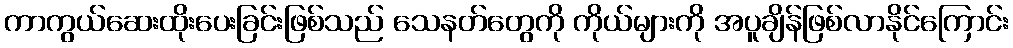
ကာကွယ်ဆေးထိုးပေးခြင်းဖြစ်သည် သေနတ်တွေကို ကိုယ်များကို အပူချိန်ဖြစ်လာနိုင်ကြောင်း